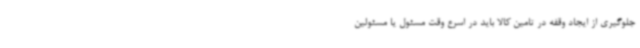
جلوگیری از ایجاد وقفه در تامین کالا باید در اسرع وقت مسئول یا مسئولین